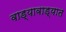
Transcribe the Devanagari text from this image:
वाड्यावाड्यात